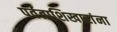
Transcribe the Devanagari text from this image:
पर्वताशिखारांना